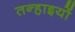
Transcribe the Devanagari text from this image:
तन्हाइयों